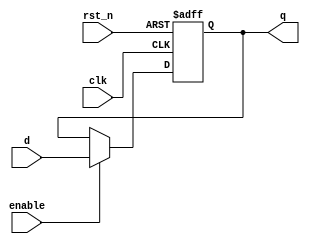
module d_flip_flop (
    input wire clk,        // Clock input
    input wire rst_n,     // Active low reset
    input wire enable,     // Enable signal
    input wire d,         // Data input
    output reg q          // Data output
);

    // Always block triggered on the rising edge of the clock or on reset
    always @(posedge clk or negedge rst_n) begin
        if (!rst_n) begin
            // Asynchronous reset
            q <= 1'b0;    // Reset output to 0
        end else if (enable) begin
            // Non-blocking assignment for D flip-flop behavior
            q <= d;       // Update output with input data
        end
        // If not enabled, q retains its previous value (implicit)
    end

endmodule